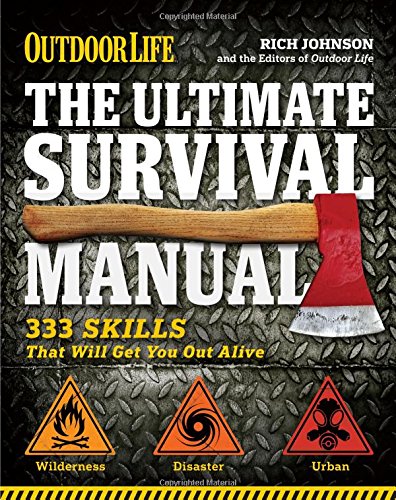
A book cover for The Ultimate Survival Manual (Outdoor Life): 333 Skills that Will Get You Out Alive; Rich Johnson; Sports & Outdoors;